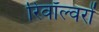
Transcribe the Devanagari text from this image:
रिवॉल्वरों